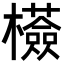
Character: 𣠇